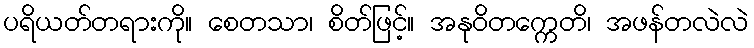
ပရိယတ်တရားကို။ စေတသာ၊ စိတ်ဖြင့်။ အနုဝိတက္ကေတိ၊ အဖန်တလဲလဲ